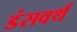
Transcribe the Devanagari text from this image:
डंसवर्थ